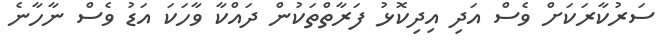
ސަރުކާރަކަށް ވެސް އަދި އިދިކޮޅު ފަރާތްތަކުން ދައްކާ ވާހަކަ އަޑު ވެސް ނާހާނެ